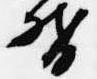
督